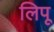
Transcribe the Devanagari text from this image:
लिपू